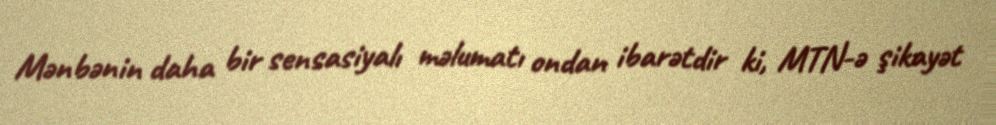
Mənbənin daha bir sensasiyalı məlumatı ondan ibarətdir ki, MTN-ə şikayət